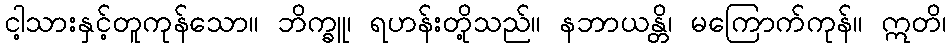
ငါ့သားနှင့်တူကုန်သော။ ဘိက္ခူ၊ ရဟန်းတို့သည်။ နဘာယန္တိ၊ မကြောက်ကုန်။ ဣတိ၊